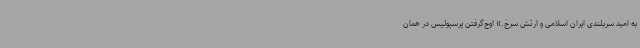
به امید سربلندی ایران اسلامی و ارتش سرخ.» اوج‌گرفتن پرسپولیس در همان